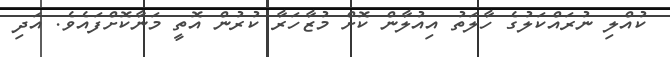
ކުއްލި ނުރައްކަލުގެ ހާލަތު އިއުލާން ކޮށް މުޒާހަރާ ކުރުން އޮތީ މަނާކޮށްފައެވެ. އަދި